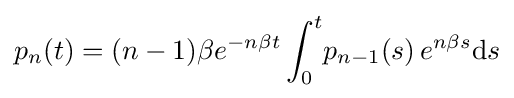
p_{n}(t)=(n-1)\beta e^{-n\beta t}\int _{0}^{t}\!p_{n-1}(s)\,e^{n\beta s}\mathrm {d} s